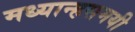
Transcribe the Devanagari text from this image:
मध्यान्हसमयी